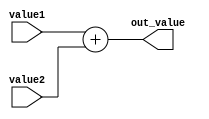
`timescale 1ns / 1ps
//////////////////////////////////////////////////////////////////////////////////
// Company: 
// Engineer: 
// 
// Design Name: 
// Module Name: pc_adder
// Project Name: 
// Target Devices: 
// Tool Versions: 
// Description: 
// 
// Dependencies: 
// 
// Revision:
// Revision 0.01 - File Created
// Additional Comments:
// 
//////////////////////////////////////////////////////////////////////////////////


module adder_32(
    input [31:0] value1,
    input [31:0] value2,
    output reg [31:0] out_value
    );
    
    always @(*) begin
        out_value = value1 + value2;
    end
    
endmodule

module or2to1_1bit(
    input in1,
    input in2,
    output out
    );
    
    assign out = in1 | in2;
    
endmodule

module mux4to1_32(
    input [1:0] switch,
    input [31:0] input00,
    input [31:0] input01,
    input [31:0] input10,
    input [31:0] input11,
    output reg [31:0] out
    );
    
    always @(*) begin
        case(switch)
            2'b00: out = input00;
            2'b01: out = input01;
            2'b10: out = input10;
            2'b11: out = input11;
        endcase
        end
endmodule

module mux2to1_32(
    input switch,
    input [31:0] input0,
    input [31:0] input1,
    output reg [31:0] out
    );
    
    always @(*) begin
        if(switch) out = input1;
        else out = input0;
    end
endmodule